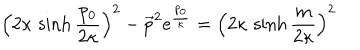
\left( 2 \kappa \, \sinh { \frac { p _ { 0 } } { 2 \kappa } } \right) ^ { 2 } - \overrightarrow { p } ^ { 2 } e ^ { { \frac { p _ { 0 } } { \kappa } } } = \left( 2 \kappa \, \sinh { \frac { m } { 2 \kappa } } \right) ^ { 2 }